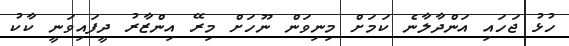
ހުޅު ޖަހައި އަންދާލާނެ ކަމަށް މިނިވަން ނޫހަށް މިރޭ އިންޒާރު ދީފައިވަނީ ކާކު